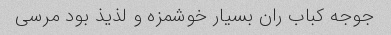
جوجه کباب ران بسیار خوشمزه و لذیذ بود مرسی